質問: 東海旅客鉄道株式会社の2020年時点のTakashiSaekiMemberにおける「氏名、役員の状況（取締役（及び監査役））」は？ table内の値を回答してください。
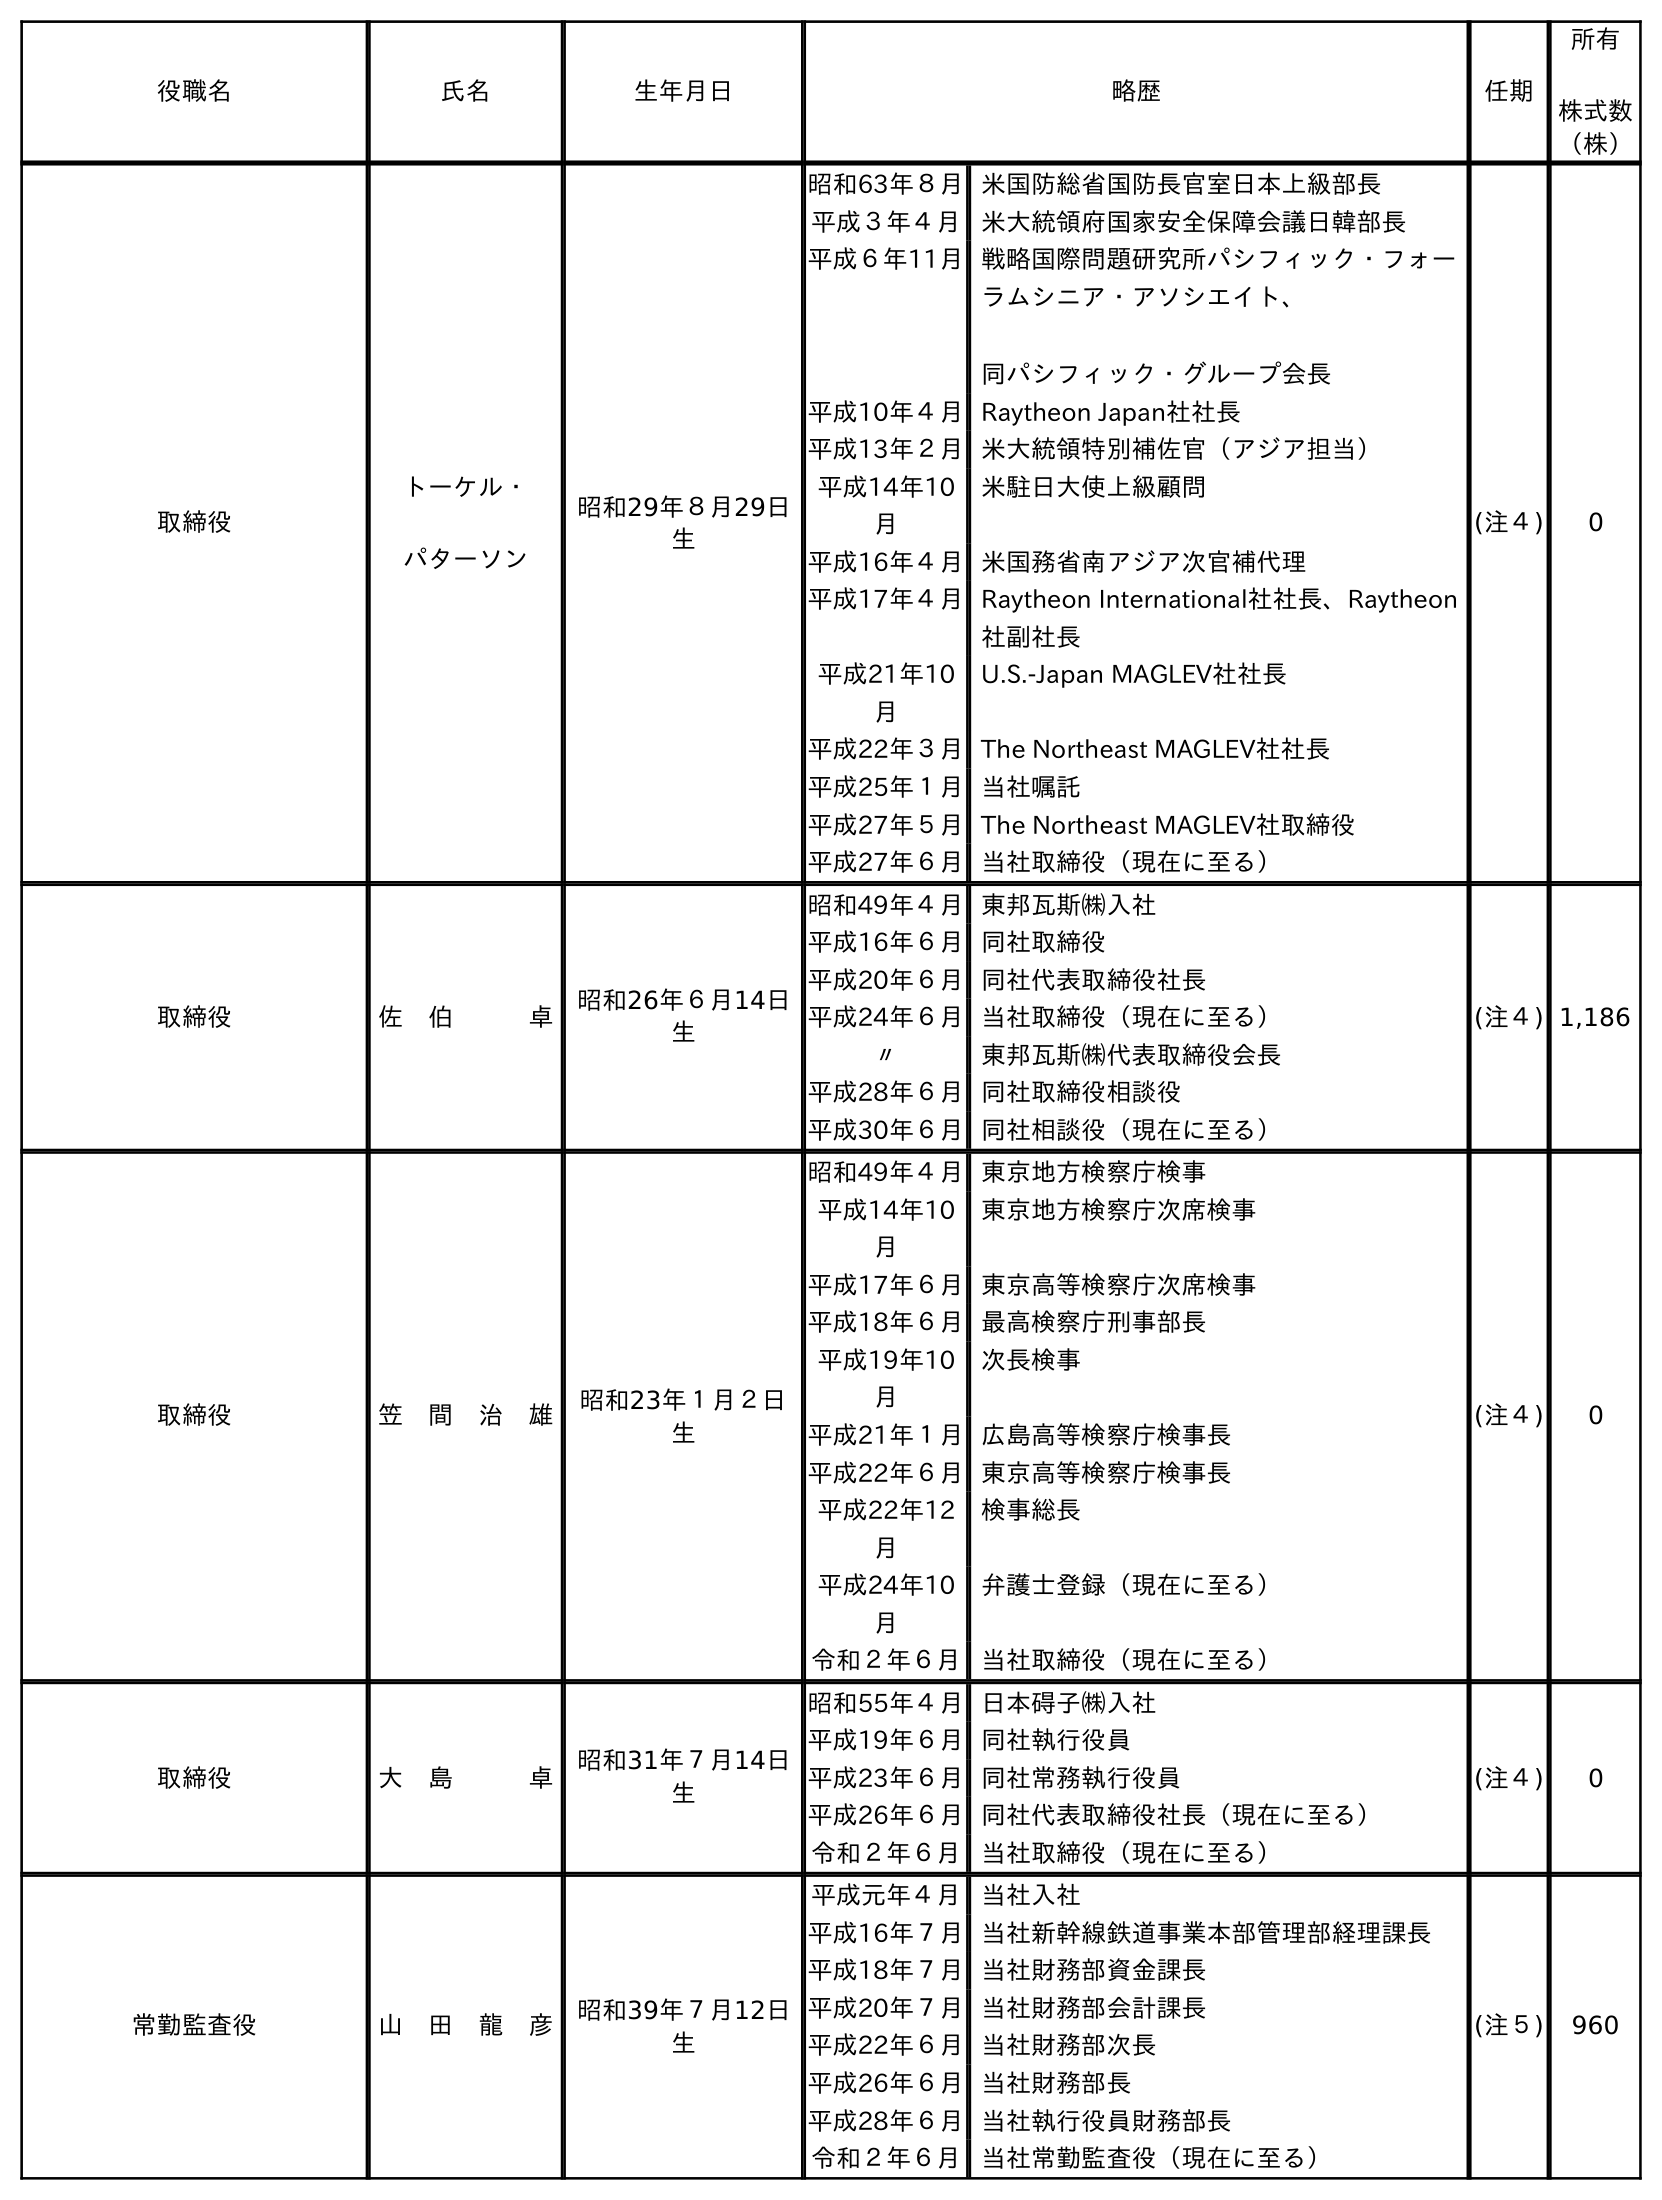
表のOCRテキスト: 役職名 氏名 生年月日 略歴 任期 所有 株式数 （株） 取締役 トーケル・ パターソン 昭和29年８月29日 生 昭和63年８月米国防総省国防長官室日本上級部長 平成３年４月 米大統領府国家安全保障会議日韓部長 平成６年11月戦略国際問題研究所パシフィック・フォー ラムシニア・アソシエイト、 同パシフィック・グループ会長 平成10年４月Raytheon Japan社社長 平成13年２月米大統領特別補佐官（アジア担当） 平成14年10 月 米駐日大使上級顧問 平成16年４月米国務省南アジア次官補代理 平成17年４月Raytheon International社社長、Raytheon 社副社長 平成21年10 月 U.S.-Japan MAGLEV社社長 平成22年３月The Northeast MAGLEV社社長 平成25年１月当社嘱託 平成27年５月The Northeast MAGLEV社取締役 平成27年６月当社取締役（現在に至る） (注４) 0 取締役 佐 伯   卓 昭和26年６月14日 生 昭和49年４月東邦瓦斯㈱入社 平成16年６月同社取締役 平成20年６月同社代表取締役社長 平成24年６月当社取締役（現在に至る） 〃 東邦瓦斯㈱代表取締役会長 平成28年６月同社取締役相談役 平成30年６月同社相談役（現在に至る） (注４) 1,186 取締役 笠 間 治 雄 昭和23年１月２日 生 昭和49年４月東京地方検察庁検事 平成14年10 月 東京地方検察庁次席検事 平成17年６月東京高等検察庁次席検事 平成18年６月最高検察庁刑事部長 平成19年10 月 次長検事 平成21年１月広島高等検察庁検事長 平成22年６月東京高等検察庁検事長 平成22年12 月 検事総長 平成24年10 月 弁護士登録（現在に至る） 令和２年６月 当社取締役（現在に至る） (注４) 0 取締役 大 島   卓 昭和31年７月14日 生 昭和55年４月日本碍子㈱入社 平成19年６月同社執行役員 平成23年６月同社常務執行役員 平成26年６月同社代表取締役社長（現在に至る） 令和２年６月 当社取締役（現在に至る） (注４) 0 常勤監査役 山 田 龍 彦 昭和39年７月12日 生 平成元年４月 当社入社 平成16年７月当社新幹線鉄道事業本部管理部経理課長 平成18年７月当社財務部資金課長 平成20年７月当社財務部会計課長 平成22年６月当社財務部次長 平成26年６月当社財務部長 平成28年６月当社執行役員財務部長 令和２年６月 当社常勤監査役（現在に至る） (注５) 960
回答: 佐　伯卓